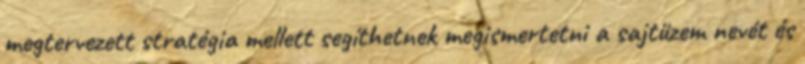
megtervezett stratégia mellett segíthetnek megismertetni a sajtüzem nevét és